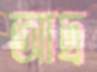
আদ্র